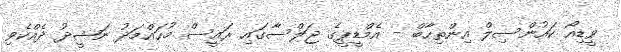
ވީޑިއޯ ކައުންސިލް އިންތިހާބް - އެމްޑީޕީގެ ޖަލްސާގައި ރައީސް މުހައްމަދު ނަޝީދު ދެއްކެވި